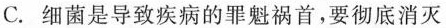
C.细菌是导致疾病的罪魁祸首，要彻底消灭